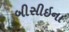
બીસીઇના